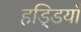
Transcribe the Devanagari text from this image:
हडि्डयाँ